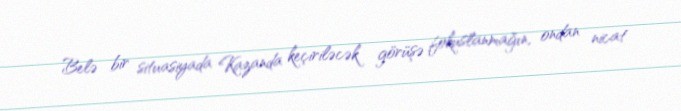
Belə bir situasiyada Kazanda keçiriləcək görüşə fokuslanmağın, ondan nicat